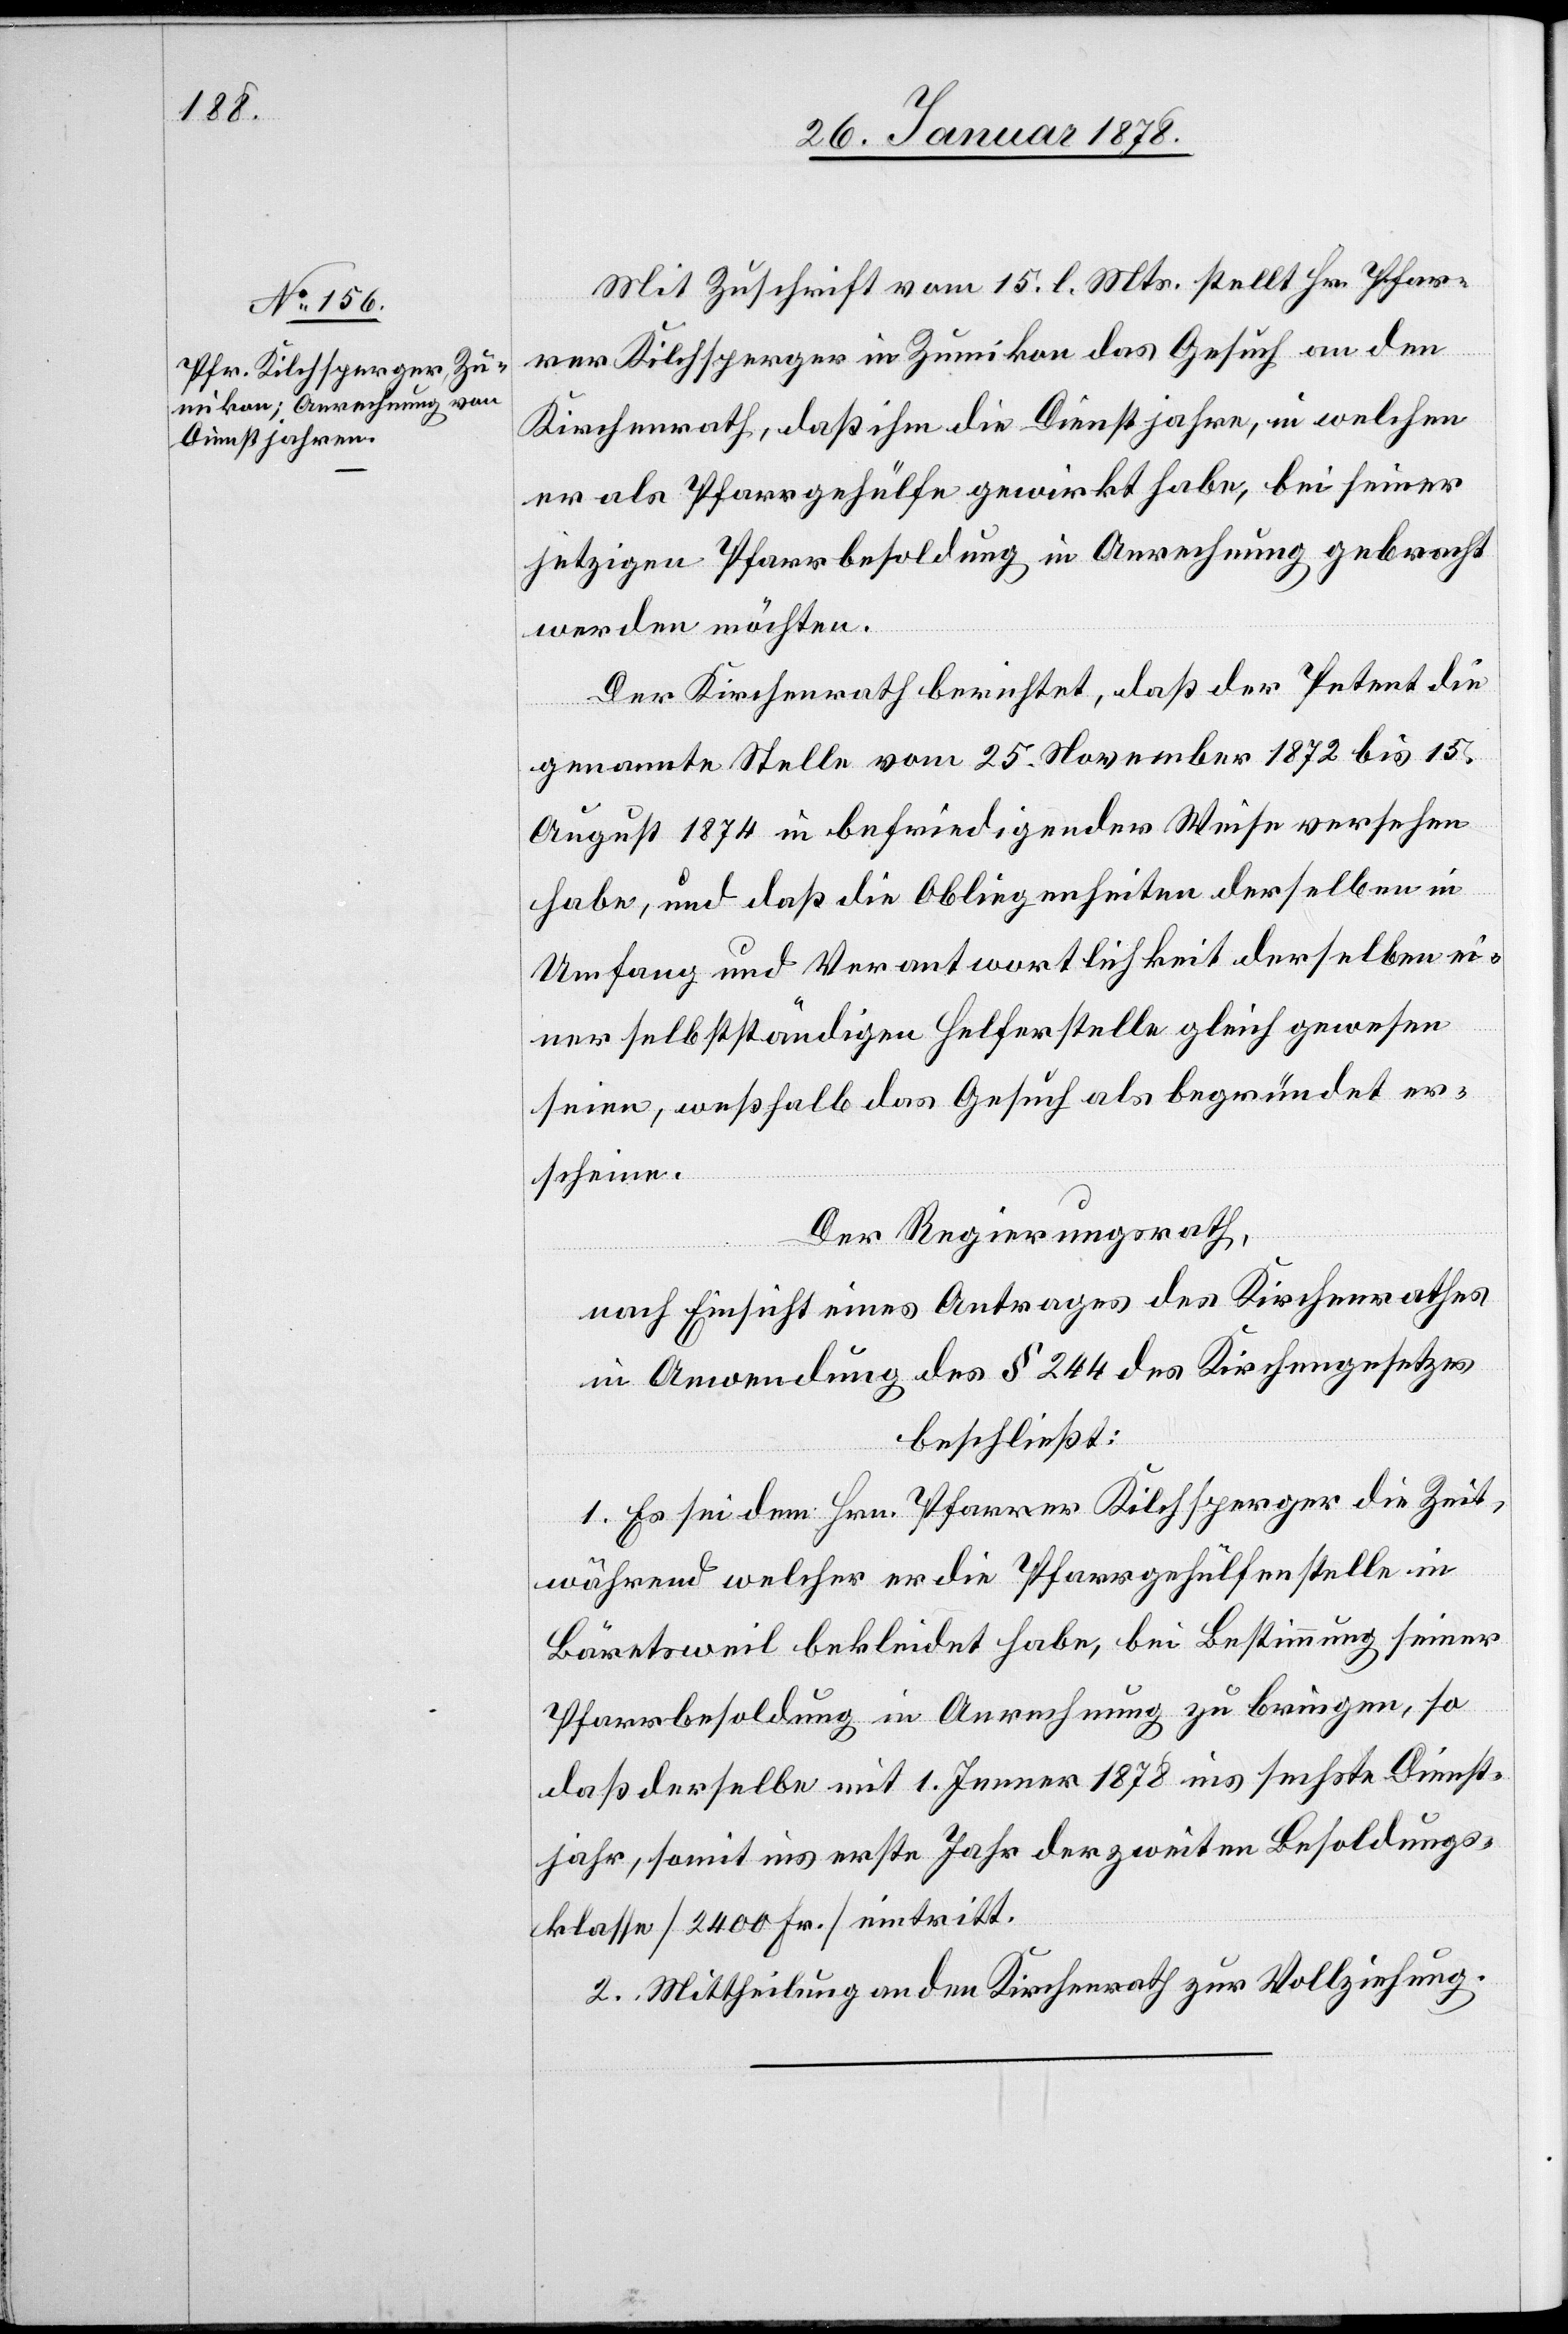
Mit Zuschrift vom 15. l. Mts. stellt Hr. Pfar¬
rer Kilchsperger in Zumikon das Gesuch an den
Kirchenrath, daß ihm die Dienstjahre, in welchen
er als Pfarrgehülfe gewirkt habe, bei seiner
jetzigen Pfarrbesoldung in Anrechnung gebracht
werden möchten.
Der Kirchenrath berichtet, daß der Petent die
genannte Stelle vom 25. November 1872 bis 15.
August 1874 in befriedigender Weise versehen
habe, und daß die Obliegenheiten derselben in
Umfang und Verantwortlichkeit derselben ei¬
ner selbstständigen Helferstelle gleich gewesen
seien, weßhalb das Gesuch als begründet er¬
scheine.
Der Regierungsrath,
nach Einsicht eines Antrages des Kirchenrathes
in Anwendung des § 244 des Kirchengesetzes
beschließt:
1. Es sei dem Hrn. Pfarrer Kilchsperger die Zeit,
während welcher er die Pfarrgehülfenstelle in
Bäretsweil bekleidet habe, bei Bestimmung seiner
Pfarrbesoldung in Anrechnung zu bringen, so
daß derselbe mit 1. Jenner 1878 ins sechste Dienst¬
jahr, somit ins erste Jahr der zweiten Besoldungs¬
klasse (2400 Fr.) eintritt.
2. Mittheilung an den Kirchenrath zur Vollziehung.